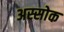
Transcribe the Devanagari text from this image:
अस्सोक